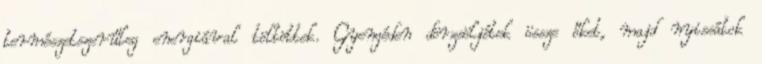
természetszerűleg energiával töltöttek. Gyengéden dörzsöljétek össze őket, majd nyissátok